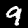
Digit: 9